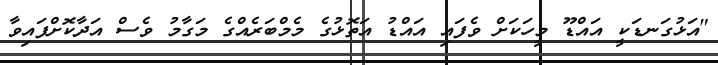
"އަޅުގަނޑަކީ އައްޑޫ މީހަކަށް ވެފައި އައްޑު އަތޮޅުގެ މެމްބަރެއްގެ މަގާމު ވެސް އަދާކޮށްފައިވާ